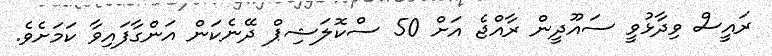
ރައީސް ވިދާޅުވީ ސައޫދީން ރާއްޖެ އަށް 50 ސްކޮލަޝިޕް ދޭނެކަން އަންގާފައިވާ ކަމަށެވެ.